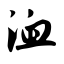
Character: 洫